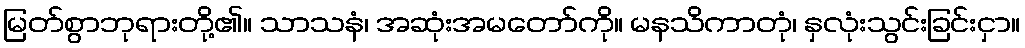
မြတ်စွာဘုရားတို့၏။ သာသနံ၊ အဆုံးအမတော်ကို။ မနသိကာတုံ၊ နှလုံးသွင်းခြင်းငှာ။